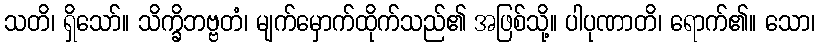
သတိ၊ ရှိသော်။ သိက္ခိဘဗ္ဗတံ၊ မျက်မှောက်ထိုက်သည်၏ အဖြစ်သို့။ ပါပုဏာတိ၊ ရောက်၏။ သော၊